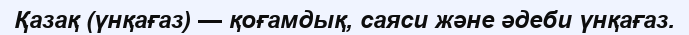
Қазақ (үнқағаз) — қоғамдық, саяси және әдеби үнқағаз.